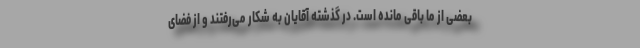
بعضی از ما باقی مانده است. در گذشته آقایان به شکار می‌رفتند و از فضای